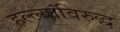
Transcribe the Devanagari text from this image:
हल्ल्यांविरुद्ध